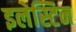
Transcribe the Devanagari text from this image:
इलेस्टिन